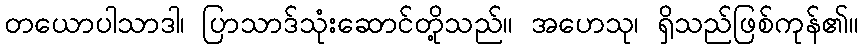
တယောပါသာဒါ၊ ပြာသာဒ်သုံးဆောင်တို့သည်။ အဟေသု၊ ရှိသည်ဖြစ်ကုန်၏။